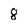
Character: 8